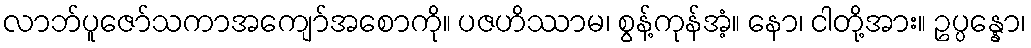
လာဘ်ပူဇော်သကာအကျော်အစောကို။ ပဇဟိဿာမ၊ စွန့်ကုန်အံ့။ နော၊ ငါတို့အား။ ဥပ္ပန္နော၊